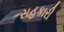
સહકારી